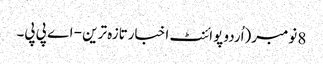
8 نومبر(اُردو پوائنٹ اخبارتازہ ترین - اے پی پی۔